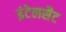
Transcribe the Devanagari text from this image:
इंटेलसैट